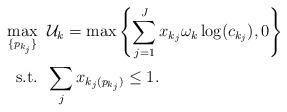
\begin{align*}\max_{\{p_{k_j}\}} &\;\; \mathcal{U}_k=\max \left\{ \sum_{j=1}^J x_{k_j} \omega_k \log(c_{k_j}),0 \right\} \\\mbox{s.t.} &\;\; \sum_j x_{k_j(p_{k_j})} \leq 1. \end{align*}